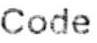
CODE